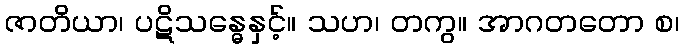
ဇာတိယာ၊ ပဋိသန္ဓေနှင့်။ သဟ၊ တကွ။ အာဂတတော စ၊